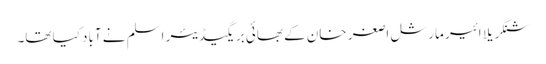
شنگریلا ائیر مارشل اصغر خان کے بھائی بریگیڈیئر اسلم نے آباد کیا تھا۔